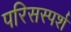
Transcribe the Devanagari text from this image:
परिसस्पर्श